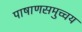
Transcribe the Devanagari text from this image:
पाषाणसमुच्चय